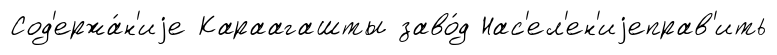
Сод'ержа́н'иjе Караагашты заво́д Нас'ел'ен'иjеправ'ить